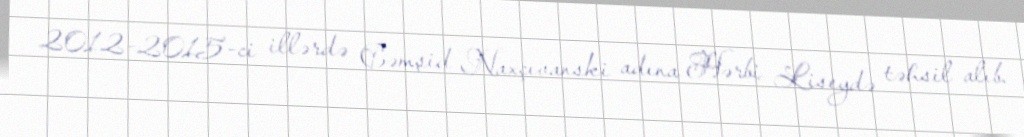
2012-2015-ci illərdə Cəmşid Naxçıvanski adına Hərbi Liseydə təhsil alıb.